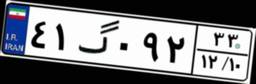
۲۵گ۰۴۱۴۶